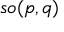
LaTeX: { \mathfrak { s o } } ( p , q )